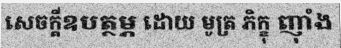
សេចក្តីឧបត្ថម្ភ ដោយ មូត្រ ភិក្ខុ ញុាំង